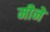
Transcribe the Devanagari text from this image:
मीने